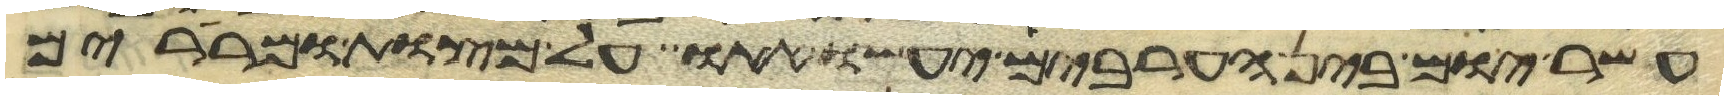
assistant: עשר יום בין הערבים יעשו אתו על מצות ומררים